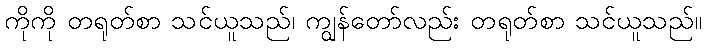
ကိုကို တရုတ်စာ သင်ယူသည်၊ ကျွန်တော်လည်း တရုတ်စာ သင်ယူသည်။